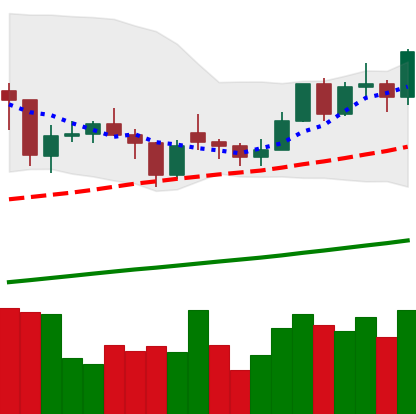
Ticker: LTC-USD
Chart end date: 2021-02-08
Forward return: 35.288%
Label: up_7plus